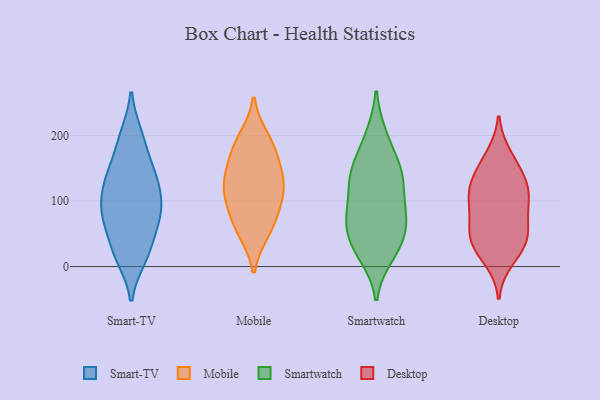
{"axis": {"x": "Backlog", "y": "Value"}, "legend": ["Desktop", "Mobile", "Smart-TV", "Smartwatch"], "data": [{"x": "", "y": 88, "type": "Smart-TV"}, {"x": "", "y": 143, "type": "Smart-TV"}, {"x": "", "y": 70, "type": "Smart-TV"}, {"x": "", "y": 79, "type": "Smart-TV"}, {"x": "", "y": 125, "type": "Smart-TV"}, {"x": "", "y": 21, "type": "Smart-TV"}, {"x": "", "y": 131, "type": "Smart-TV"}, {"x": "", "y": 15, "type": "Smart-TV"}, {"x": "", "y": 199, "type": "Smart-TV"}, {"x": "", "y": 142, "type": "Smart-TV"}, {"x": "", "y": 192, "type": "Smart-TV"}, {"x": "", "y": 95, "type": "Smart-TV"}, {"x": "", "y": 27, "type": "Smart-TV"}, {"x": "", "y": 75, "type": "Smart-TV"}, {"x": "", "y": 140, "type": "Mobile"}, {"x": "", "y": 54, "type": "Mobile"}, {"x": "", "y": 82, "type": "Mobile"}, {"x": "", "y": 181, "type": "Mobile"}, {"x": "", "y": 176, "type": "Mobile"}, {"x": "", "y": 195, "type": "Mobile"}, {"x": "", "y": 119, "type": "Mobile"}, {"x": "", "y": 100, "type": "Mobile"}, {"x": "", "y": 58, "type": "Mobile"}, {"x": "", "y": 121, "type": "Mobile"}, {"x": "", "y": 134, "type": "Mobile"}, {"x": "", "y": 89, "type": "Smartwatch"}, {"x": "", "y": 68, "type": "Smartwatch"}, {"x": "", "y": 134, "type": "Smartwatch"}, {"x": "", "y": 156, "type": "Smartwatch"}, {"x": "", "y": 18, "type": "Smartwatch"}, {"x": "", "y": 59, "type": "Smartwatch"}, {"x": "", "y": 90, "type": "Smartwatch"}, {"x": "", "y": 16, "type": "Smartwatch"}, {"x": "", "y": 32, "type": "Smartwatch"}, {"x": "", "y": 135, "type": "Smartwatch"}, {"x": "", "y": 73, "type": "Smartwatch"}, {"x": "", "y": 90, "type": "Smartwatch"}, {"x": "", "y": 197, "type": "Smartwatch"}, {"x": "", "y": 147, "type": "Smartwatch"}, {"x": "", "y": 200, "type": "Smartwatch"}, {"x": "", "y": 135, "type": "Smartwatch"}, {"x": "", "y": 36, "type": "Smartwatch"}, {"x": "", "y": 143, "type": "Smartwatch"}, {"x": "", "y": 53, "type": "Smartwatch"}, {"x": "", "y": 140, "type": "Desktop"}, {"x": "", "y": 121, "type": "Desktop"}, {"x": "", "y": 108, "type": "Desktop"}, {"x": "", "y": 105, "type": "Desktop"}, {"x": "", "y": 40, "type": "Desktop"}, {"x": "", "y": 34, "type": "Desktop"}, {"x": "", "y": 155, "type": "Desktop"}, {"x": "", "y": 70, "type": "Desktop"}, {"x": "", "y": 96, "type": "Desktop"}, {"x": "", "y": 62, "type": "Desktop"}, {"x": "", "y": 33, "type": "Desktop"}, {"x": "", "y": 11, "type": "Desktop"}, {"x": "", "y": 169, "type": "Desktop"}, {"x": "", "y": 47, "type": "Desktop"}, {"x": "", "y": 119, "type": "Desktop"}]}